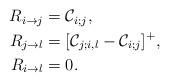
LaTeX: \begin{align*}\begin{aligned}R_{i\rightarrow{j}}&={\mathcal{C}_{i;j}}, \\R_{j\rightarrow{l}}&={[\mathcal{C}_{j;i,l}-\mathcal{C}_{i;j}]^+}, \\R_{i\rightarrow{l}}&=0.\\\end{aligned}\end{align*}